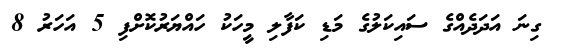
ގިނަ އަދަދެއްގެ ސައިކަލުގެ މަޑި ކަފާލި މީހަކު ހައްޔަރުކޮށްފި 5 އަހަރު 8